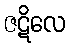
ဇဋိလေ